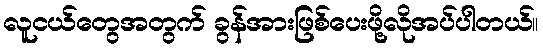
လူငယ်တွေအတွက် ခွန်အားဖြစ်ပေးဖို့လိုအပ်ပါတယ်။